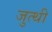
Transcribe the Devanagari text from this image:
जुत्थी